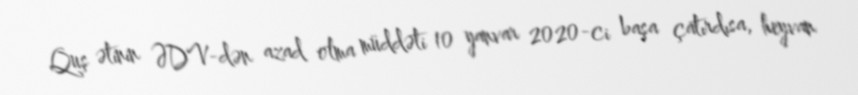
Quş ətinin ƏDV-dən azad olma müddəti 10 yanvar 2020-ci başa çatırdısa, heyvan